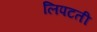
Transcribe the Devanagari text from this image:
लिपटती